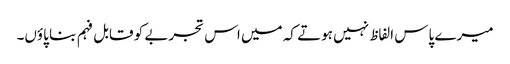
میرے پاس الفاظ نہیں ہوتے کہ میں اس تجربے کو قابل فہم بنا پاؤں۔